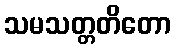
သမသတ္တတိတော